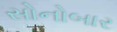
સોનોબાર